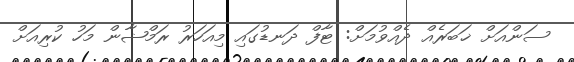
ސަންއަށް ޚަބަރެއް ދެއްވުމަށް: ޓާފް ދަނޑުގައި މިއަހަރު ރަމްޟާން މަހު ކުރިއަށް